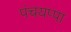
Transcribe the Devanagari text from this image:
पंचयप्पा